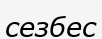
сезбес